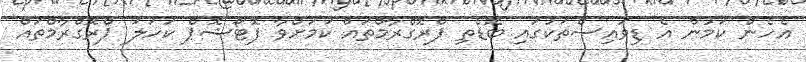
އެހެން ކަމުން އެ ޑިވައިސްތަކުގައި ބޮޑެތި ޕްރޮގްރާމްތައް ކަމަށްވާ ފޮޓޯޝޮޕް ކަހަލަ ޕްރޮގްރާމްތައް